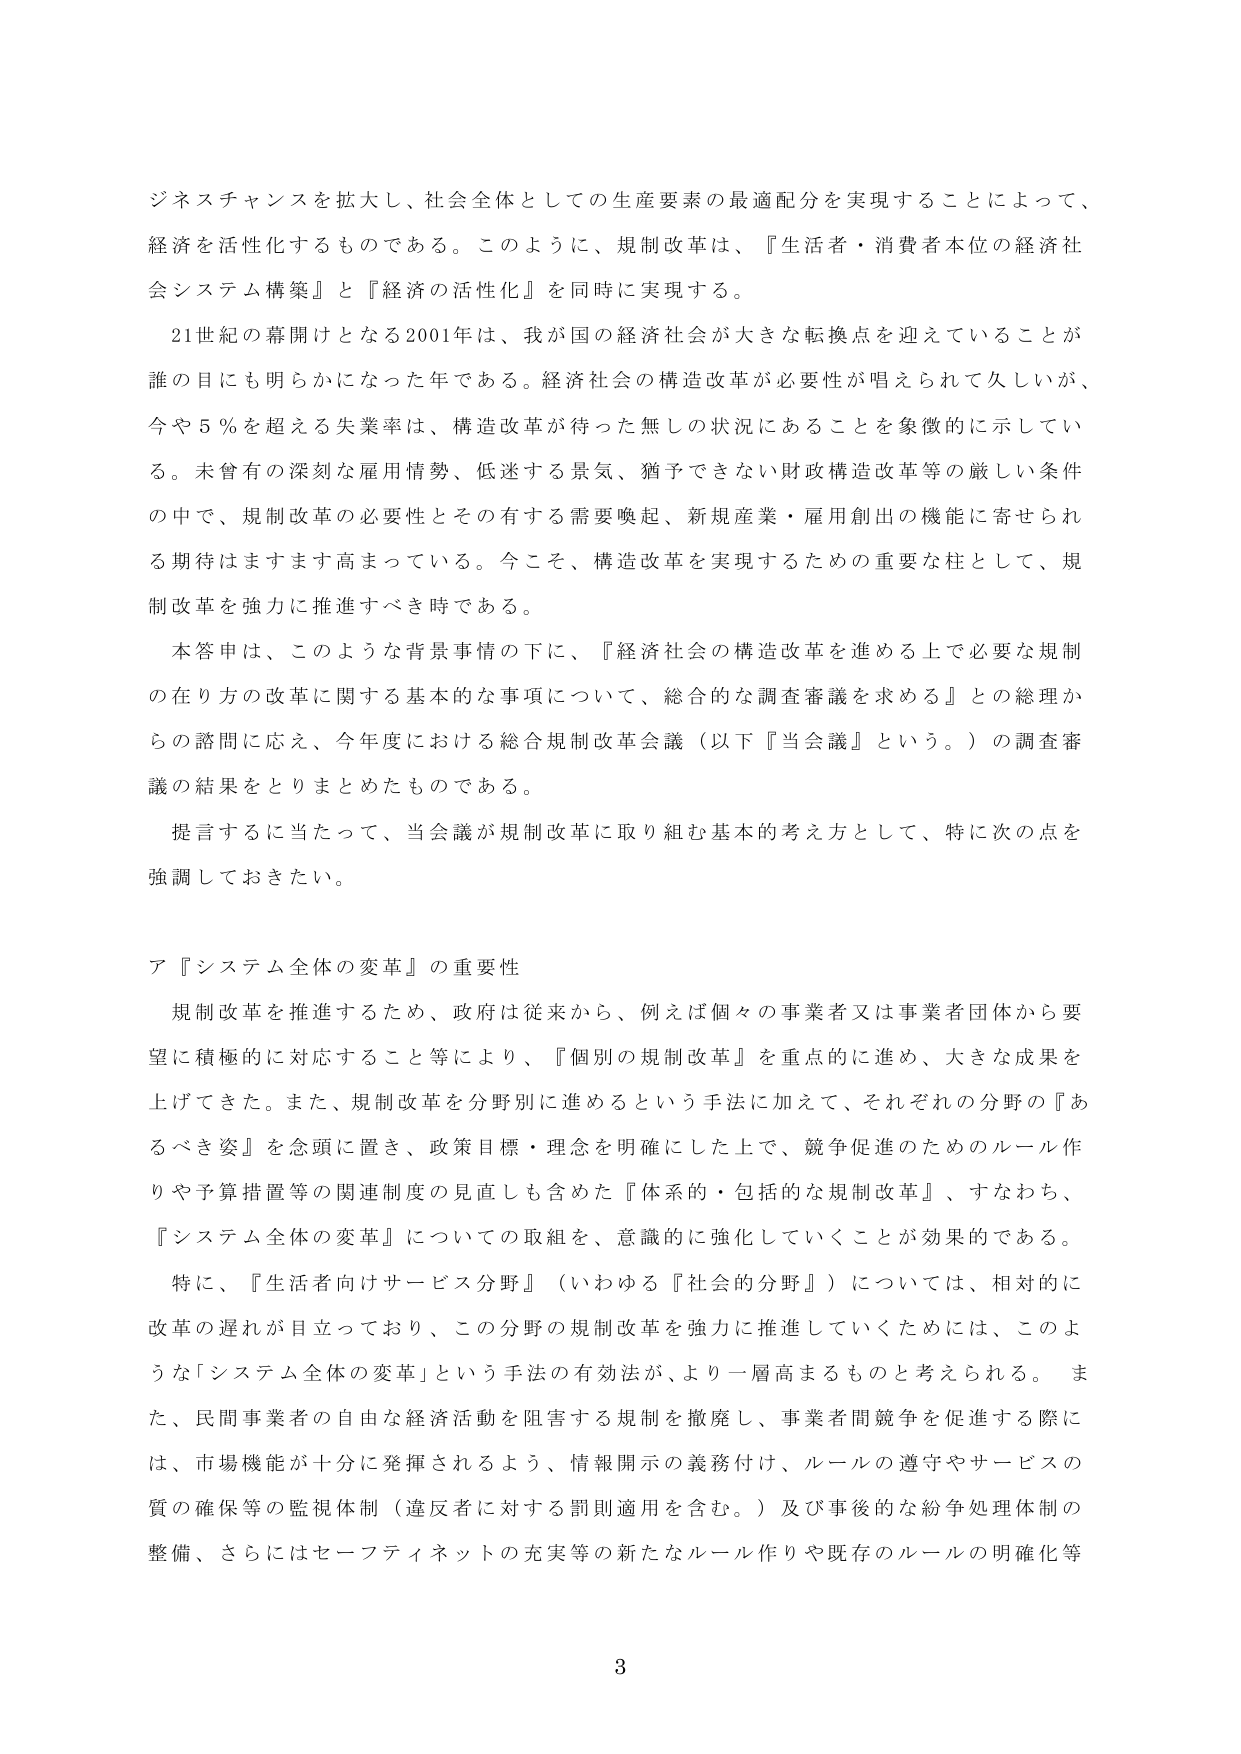
ジネスチャンスを拡大し、社会全体としての生産要素の最適配分を実現することによって、
経済を活性化するものである。このように、規制改革は、『生活者・消費者本位の経済社会システム構築』と『経済の活性化』を同時に実現する。

21世紀の幕開けとなる2001年は、我が国の経済社会が大きな転換点を迎えていることが誰の目にも明らかになった年である。経済社会の構造改革が必要性が唱えられて久しいが、今や5％を超える失業率は、構造改革が待った無しの状況にあることを象徴的に示している。未曽有の深刻な雇用情勢、低迷する景気、猶予できない財政構造改革等の厳しい条件の中で、規制改革の必要性とその有する需要喚起、新規産業・雇用創出の機能に寄せられる期待はますます高まっている。今こそ、構造改革を実現するための重要な柱として、規制改革を強力に推進すべき時である。

本答申は、このような背景事情の下に、『経済社会の構造改革を進める上で必要な規制の在り方の改革に関する基本的な事項について、総合的な調査審議を求める』との総理からの諮問に応え、今年度における総合規制改革会議（以下『当会議』という。）の調査審議の結果をとりまとめたものである。

提言するに当たって、当会議が規制改革に取り組む基本的考え方として、特に次の点を強調しておきたい。

ア『システム全体の変革』の重要性

規制改革を推進するため、政府は従来から、例えば個々の事業者又は事業者団体から要望に積極的に対応すること等により、『個別の規制改革』を重点的に進め、大きな成果を上げてきた。また、規制改革を分野別に進めるという手法に加えて、それぞれの分野の『あるべき姿』を念頭に置き、政策目標・理念を明確にした上で、競争促進のためのルール作りや予算措置等の関連制度の見直しも含めた『体系的・包括的な規制改革』、すなわち、『システム全体の変革』についての取組を、意識的に強化していくことが効果的である。

特に、『生活者向けサービス分野』（いわゆる『社会的分野』）については、相対的に改革の遅れが目立っており、この分野の規制改革を強力に推進していくためには、このような「システム全体の変革」という手法の有効性が、より一層高まるものと考えられる。また、民間事業者の自由な経済活動を阻害する規制を撤廃し、事業者間競争を促進する際には、市場機能が十分に発揮されるよう、情報開示の義務付け、ルールの遵守やサービスの質の確保等の監視体制（違反者に対する罰則適用を含む。）及び事後的な紛争処理体制の整備、さらにはセーフティネットの充実等の新たなルール作りや既存のルールの明確化等

3